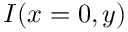
I ( x = 0 , y )